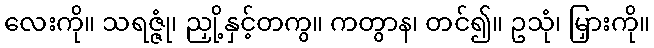
လေးကို။ သရဇ္ဇုံ၊ ညှို့နှင့်တကွ။ ကတွာန၊ တင်၍။ ဥသုံ၊ မြှားကို။